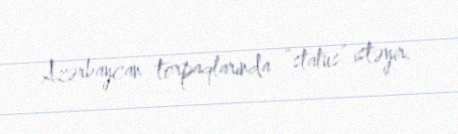
Azərbaycan torpaqlarında “status” istəyir.